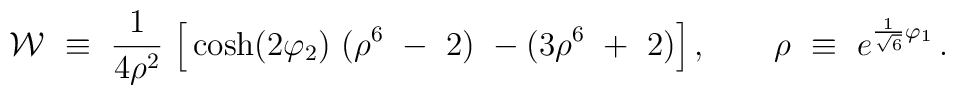
{\cal W} ~\equiv~   {1 \over 4 \rho^2}~ \Big[\cosh(2 \varphi_2)~( \rho^{6}~-~ 2)~ - ( 3\rho^{6} ~+~ 2 ) \Big]  \,, \qquad \rho~\equiv~ e^{{1 \over \sqrt{6}} \varphi_1} \,.